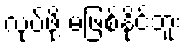
လုပ်ဖို့ မဖြစ်နိုင်ဘူး